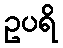
ဥပရိ